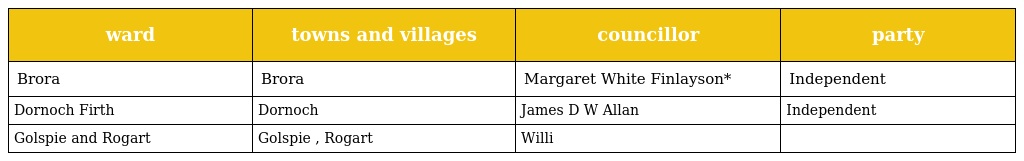
| ward | towns and villages | councillor | party |
 | --- | --- | --- | --- |
 | Brora | Brora | Margaret White Finlayson* | Independent |
 | Dornoch Firth | Dornoch | James D W Allan | Independent |
 | Golspie and Rogart | Golspie , Rogart | Willi |  |